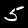
Digit: 5